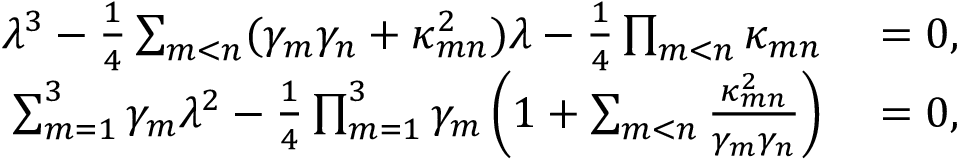
\begin{array} { r l } { \lambda ^ { 3 } - \frac { 1 } { 4 } \sum _ { m < n } ( \gamma _ { m } \gamma _ { n } + \kappa _ { m n } ^ { 2 } ) \lambda - \frac { 1 } { 4 } \prod _ { m < n } \kappa _ { m n } } & { { } = 0 , } \\ { \sum _ { m = 1 } ^ { 3 } \gamma _ { m } \lambda ^ { 2 } - \frac { 1 } { 4 } \prod _ { m = 1 } ^ { 3 } \gamma _ { m } \left( 1 + \sum _ { m < n } \frac { \kappa _ { m n } ^ { 2 } } { \gamma _ { m } \gamma _ { n } } \right) } & { { } = 0 , } \end{array}